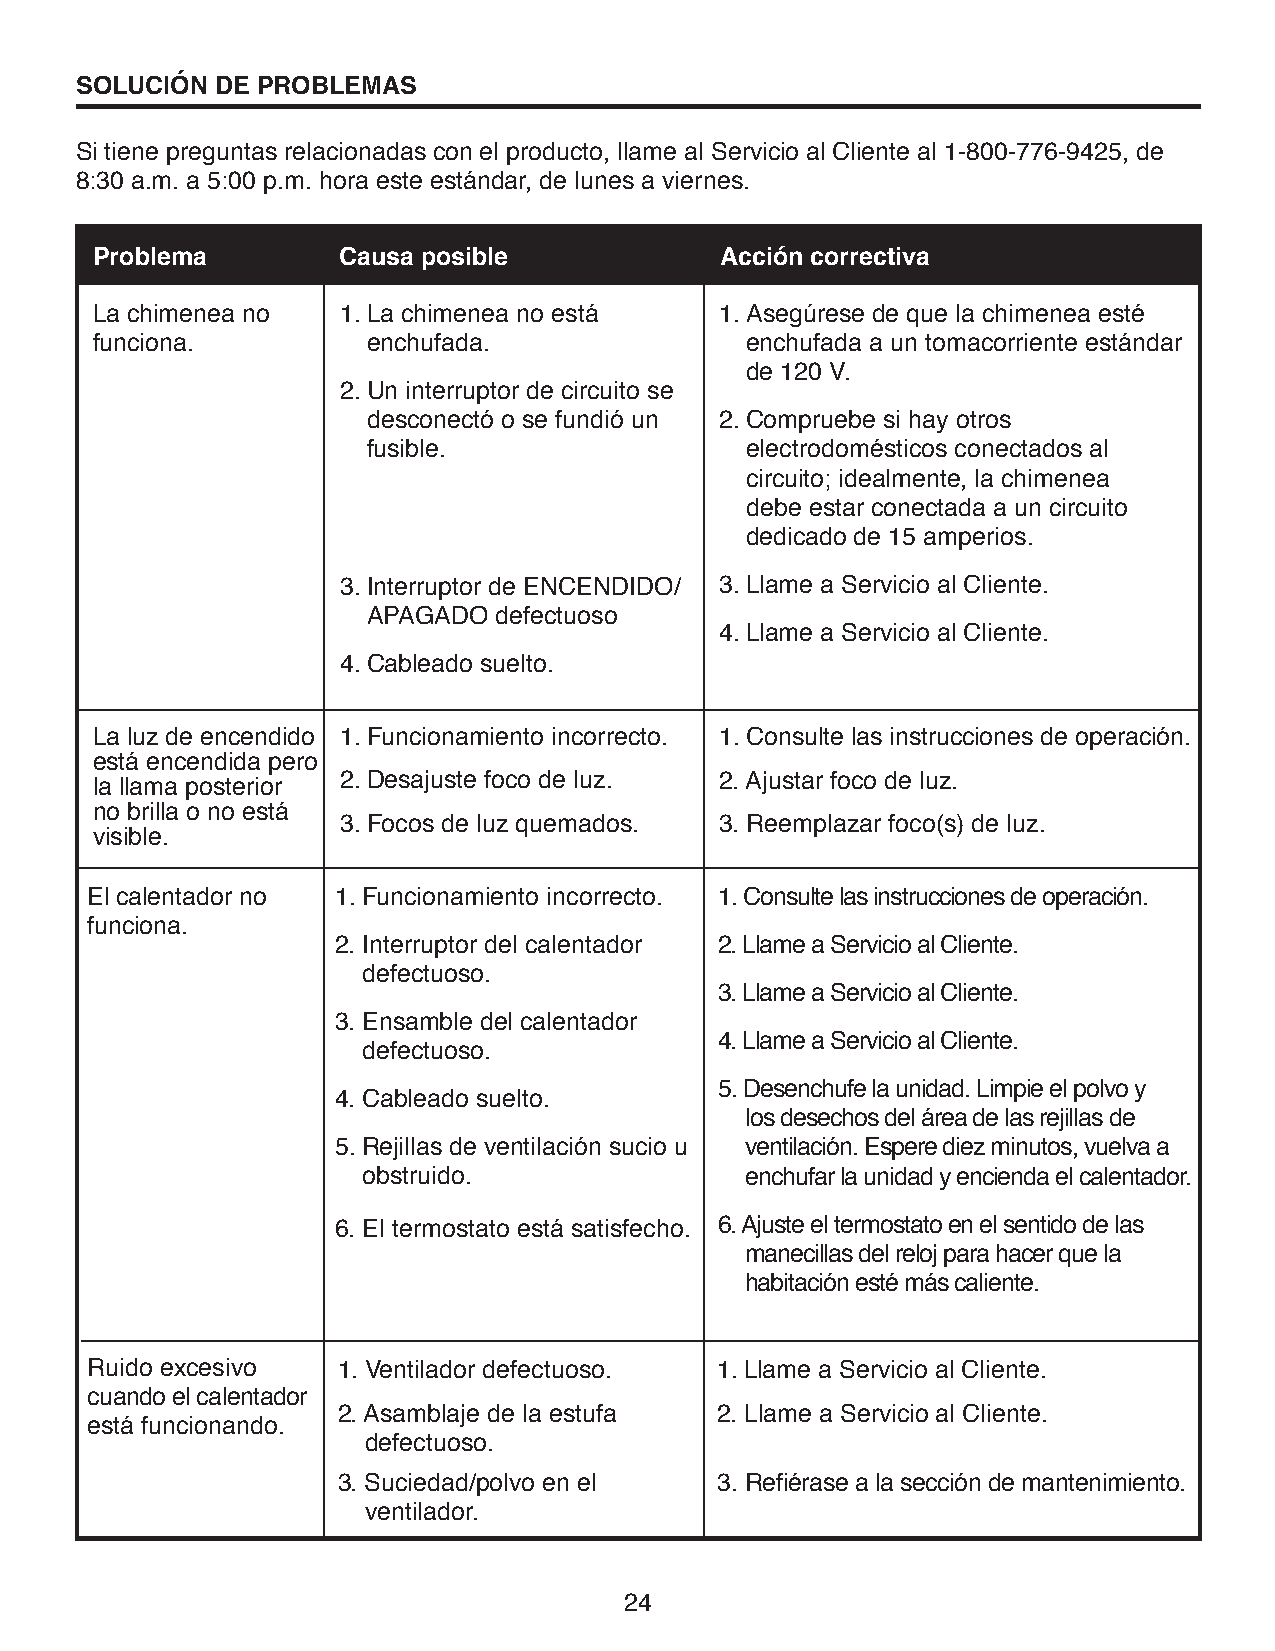
SOLUCIÓN DE PROBLEMAS
 Si tiene preguntas relacionadas con el producto, llame al Servicio al Cliente al 1-800-776-9425, de
 8:30 a.m. a 5:00 p.m. hora este estándar, de lunes a viernes.
 Problema        Causa posible             Acción correctiva
 La chimenea no  1. La chimenea no está    1. Asegúrese de que la chimenea esté
 funciona.         enchufada.               enchufada a un tomacorriente estándar
 de 120 V.
 2. Un interruptor de circuito se
 desconectó o se fundió un 2. Compruebe si hay otros
 fusible.                 electrodomésticos conectados al
 circuito; idealmente, la chimenea
 debe estar conectada a un circuito
 dedicado de 15 amperios.
 3. Interruptor de ENCENDIDO/ 3. Llame a Servicio al Cliente.
 APAGADO  defectuoso
 4. Llame a Servicio al Cliente.
 4. Cableado suelto.
 La luz de encendido 1. Funcionamiento incorrecto. 1. Consulte las instrucciones de operación.
 está encendida pero
 la llama posterior 2. Desajuste foco de luz. 2. Ajustar foco de luz.
 no brilla o no está
 3. Focos de luz quemados. 3. Reemplazar foco(s) de luz.
 visible.
 El calentador no 1. Funcionamiento incorrecto. 1. Consulte las instrucciones de operación.
 funciona.
 2. Interruptor del calentador 2. Llame a Servicio al Cliente.
 defectuoso.
 3. Llame a Servicio al Cliente.
 3. Ensamble del calentador
 4. Llame a Servicio al Cliente.
 defectuoso.
 5. Desenchufe la unidad. Limpie el polvo y
 4. Cableado suelto.
 los desechos del área de las rejillas de
 5. Rejillas de ventilación sucio u ventilación. Espere diez minutos, vuelva a
 obstruido.               enchufar la unidad y encienda el calentador.
 6. El termostato está satisfecho. 6. Ajuste el termostato en el sentido de las
 manecillas del reloj para hacer que la
 habitación esté más caliente.
 Ruido excesivo  1. Ventilador defectuoso. 1. Llame a Servicio al Cliente.
 cuando el calentador
 2. Asamblaje de la estufa 2. Llame a Servicio al Cliente.
 está funcionando.
 defectuoso.
 3. Suciedad/polvo en el  3. Refiérase a la sección de mantenimiento.
 ventilador.
 24